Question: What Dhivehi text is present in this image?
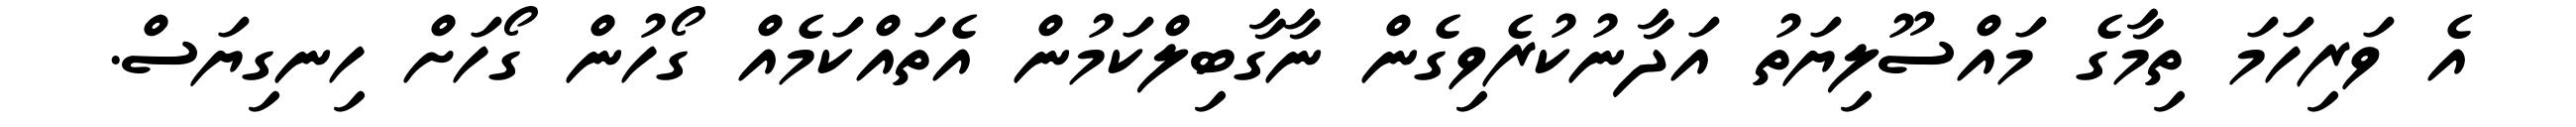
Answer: އެ ވަރިހަމަ ތިމާގެ މައްސޫލިޔަތު އަދާނުކުރެވިގެން ނާގާބިލްކަމުން އެތައްކަމެއް ގޯހުން ގޯހަށް ހިނގިޔަސް.